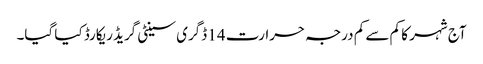
آج شہر کا کم سے کم درجہ حرارت 14 ڈگری سینٹی گریڈ ریکارڈ کیا گیا۔